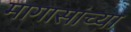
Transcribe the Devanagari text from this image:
मागासांच्या